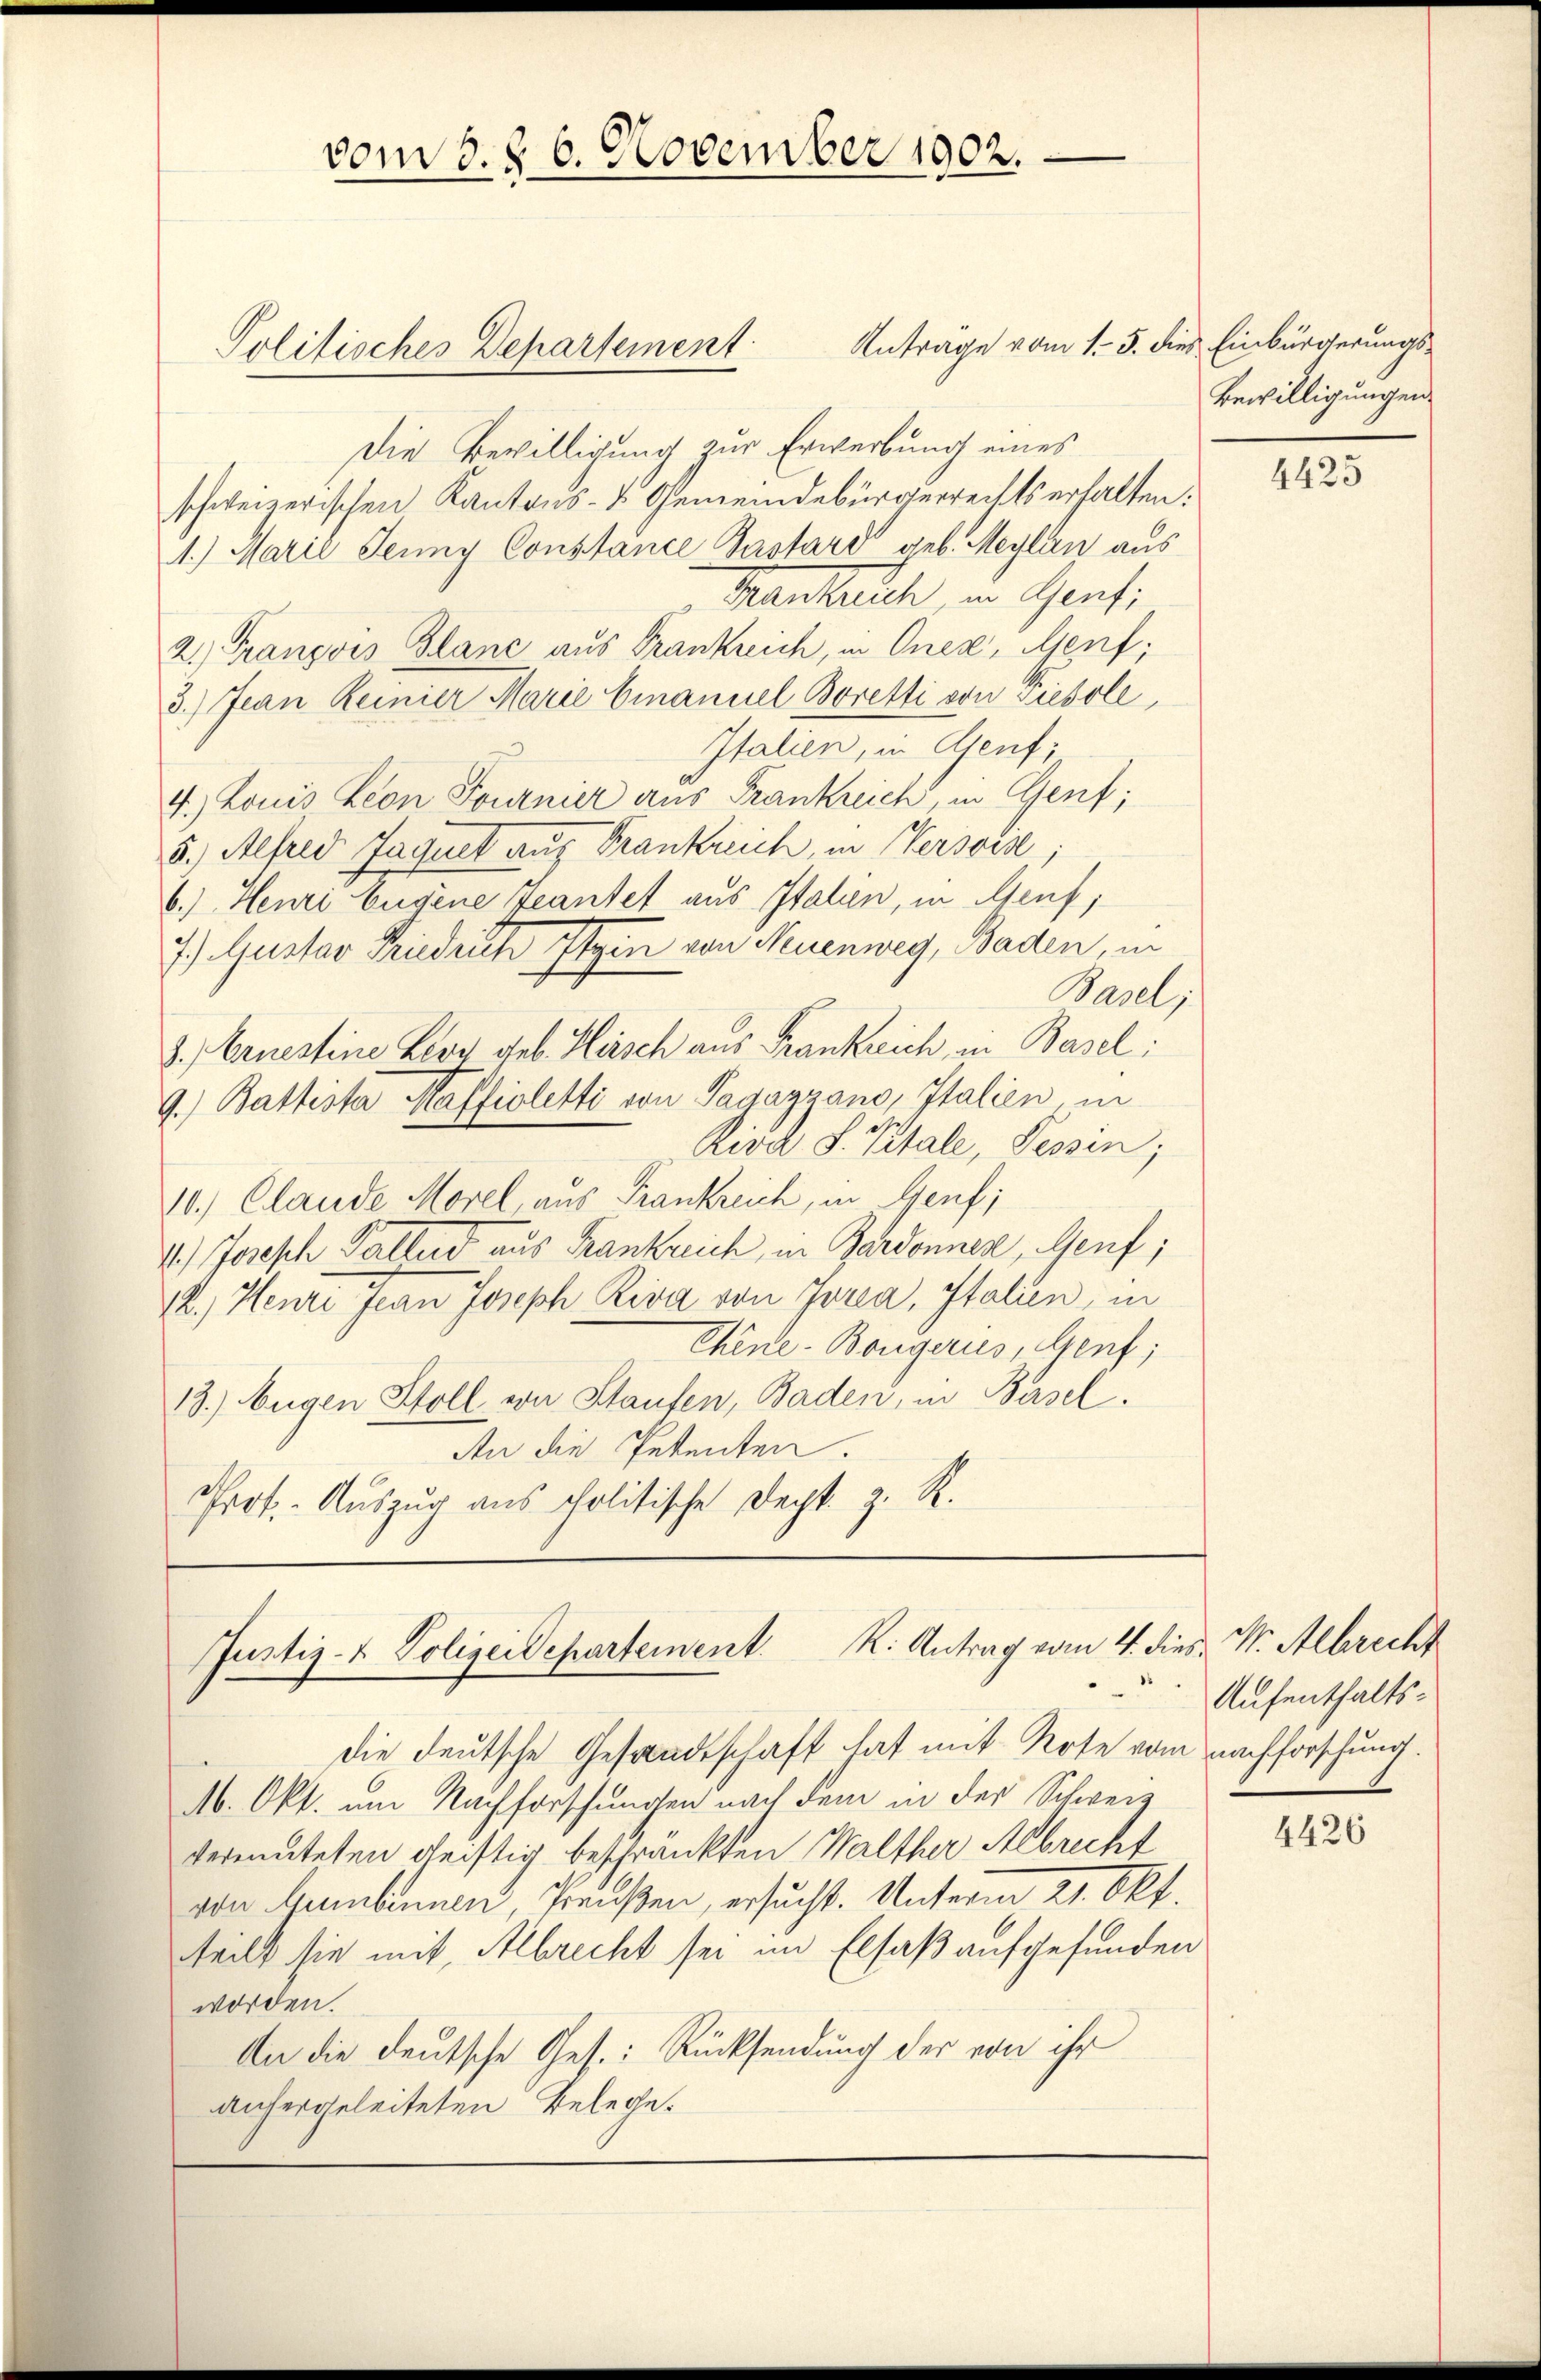
vom 3. §. 6. November 1902.
Politisches Departement

Justiz- & Polizeidepartement. K. Antrag vom 4. dies M. Albrecht

Anträge vom 1. 5. dies Einbürgerungs-
Die Bewilligung zur Erwerbung eines
schweizerischen Kantons- & Gemeindebürgerrechts erhalten:
1.) Marie Jenny Constance Pastard geb. Meylen aus
Frankreich, in Genf,
2. François Blanc aus Frankreich, in Onez, Genf;
3.) Jean Reinier Marie Emanuel Boretti von Diesele,
Italien, in Genf;
4.) Louis Leon Fournier aus Frankreich, in Genf;
5.) Alfred Jaquet auf Frankreich, in Versvis;
6.) Henri Eugene Beantet aus Italien, in Genf;
7.) Gustav Friedrich Eigen von Neuenweg, Baden, in
Basel;
3.) Ernestine Leos geb. Heisch aus Frankreich, in Basel:
9.) Battista Maffioletti von Pagayzano, Italien in
trid S. Pitale, Tessin;
10.) Claude Morel, aus Frankreich, in Genf;
4.) Joseph Gallend aus Frankreich, in Bardonnen, Genf;
12.) Henri Jean Joseph Riva von Jorea, Italien, in
Chine-Bongerus, Genf;
13.) Eugen Stoll von Staufen, Baden, in Basel.
An die Petenten.
Prof. Aŭszŭg ans politische Decht z. R.

Bewilligungen.

die deutsche Gesandtschaft hat mit Rote vom nachforschung.
M. Okt. um Nachforschungen nach dem in der Schweiz
vermuteten geistig beschränkten Walther Albrecht
von umbennen, Preußen, ersucht. Unterm 21. Okt.
teilt sie mit, Albrecht sei im Elsaß aufgefunden
worden.
An die deutsche Ges.: Rücksendung der von ihr
anhergeleiteten Belege.

4425

Aufenthalts¬

4426